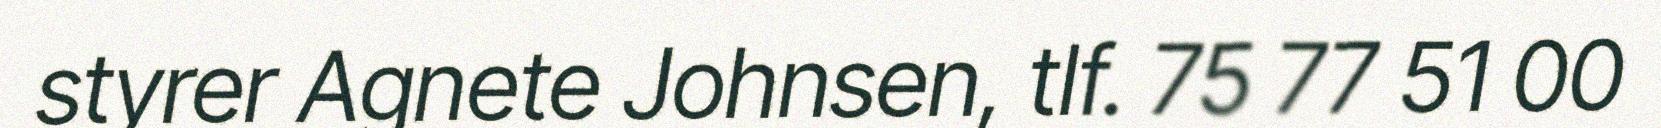
styrer Agnete Johnsen, tlf. 75 77 51 00